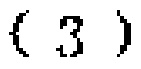
$(3)$